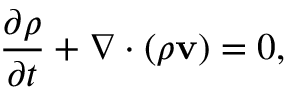
\frac { \partial \rho } { \partial t } + \nabla \cdot \left( \rho \mathbf { v } \right) = 0 ,